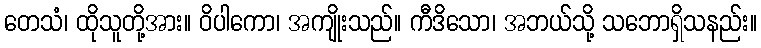
တေသံ၊ ထိုသူတို့အား။ ဝိပါကော၊ အကျိုးသည်။ ကီဒိသော၊ အဘယ်သို့ သဘောရှိသနည်း။